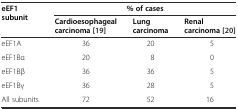
<table><thead><tr><td rowspan="2"><b>eEF1 subunit</b></td><td colspan="3"><b>% of cases</b></td></tr><tr><td><b>Cardioesophageal carcinoma[19]</b></td><td><b>Lung carcinoma</b></td><td><b>Renal carcinoma[20]</b></td></tr></thead><tbody><tr><td>eEF1A</td><td>36</td><td>20</td><td>5</td></tr><tr><td>eEF1Bα</td><td>20</td><td>8</td><td>0</td></tr><tr><td>eEF1Bβ</td><td>36</td><td>36</td><td>5</td></tr><tr><td>eEF1Bγ</td><td>36</td><td>28</td><td>5</td></tr><tr><td>All subunits</td><td>72</td><td>52</td><td>16</td></tr></tbody></table>